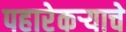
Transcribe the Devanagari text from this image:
पहारेकर्‍याचे